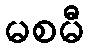
မစမီ